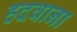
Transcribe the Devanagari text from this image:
हदवाना